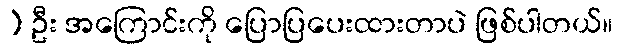
) ဦး အကြောင်းကို ပြောပြပေးထားတာပဲ ဖြစ်ပါတယ်။